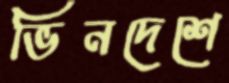
ভিনদেশে